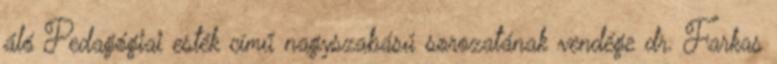
áló Pedagógiai esték című nagyszabású sorozatának vendége dr. Farkas